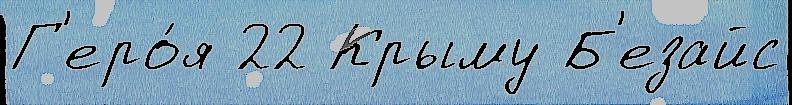
Г'еро́я 22 Крыму Б'езайс